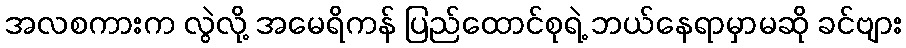
အလစကားက လွဲလို့ အမေရိကန် ပြည်ထောင်စုရဲ့ ဘယ်နေရာမှာမဆို ခင်ဗျား